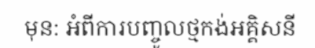
មុន: អំពីការបញ្ចូលថ្មកង់អគ្គិសនី